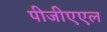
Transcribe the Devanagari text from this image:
पीजीएएल